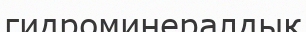
гидроминералдық